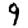
Digit: 9